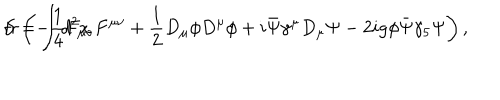
S = \int d ^ { 2 } x \hspace { 1 m m } \mathrm { t r } \left( - \frac { 1 } { 4 } F _ { \mu \nu } F ^ { \mu \nu } + \frac { 1 } { 2 } D _ { \mu } \phi D ^ { \mu } \phi + i \bar { \Psi } \gamma ^ { \mu } D _ { \mu } \Psi - 2 i g \phi \bar { \Psi } \gamma _ { 5 } \Psi \right) ,